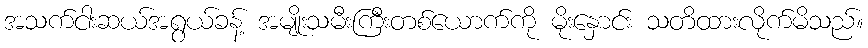
အသက်ငါးဆယ်အရွယ်ခန့် အမျိုးသမီးကြီးတစ်ယောက်ကို မိုးနှောင်း သတိထားလိုက်မိသည်။